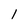
Character: l